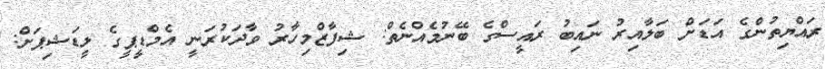
ރައްޔިތުންގެ އަޑަށް ބަލާއިރު ނައިބު ރައީސްގެ ބޭނުމެއްނެތް: ޝިފާޒްމިހާރު ވާދަކުރަނީ އެމްޑީޕީގެ ލީޑަޝިޕަށް: